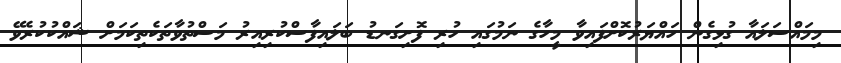
މިމައްސަލައާ ގުޅިގެން ހައްޔަރުކޮށްފައިވާ މީހާގެ ނަމުގައި ހުރި ފޮށިގަނޑު ބަލައިފާސްކުރިއިރު މަސްތުވާތަކެތިކަމަށް ޝައްކުކުރެވޭ